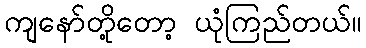
ကျနော်တို့တော့ ယုံကြည်တယ်။